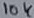
Text: 10K